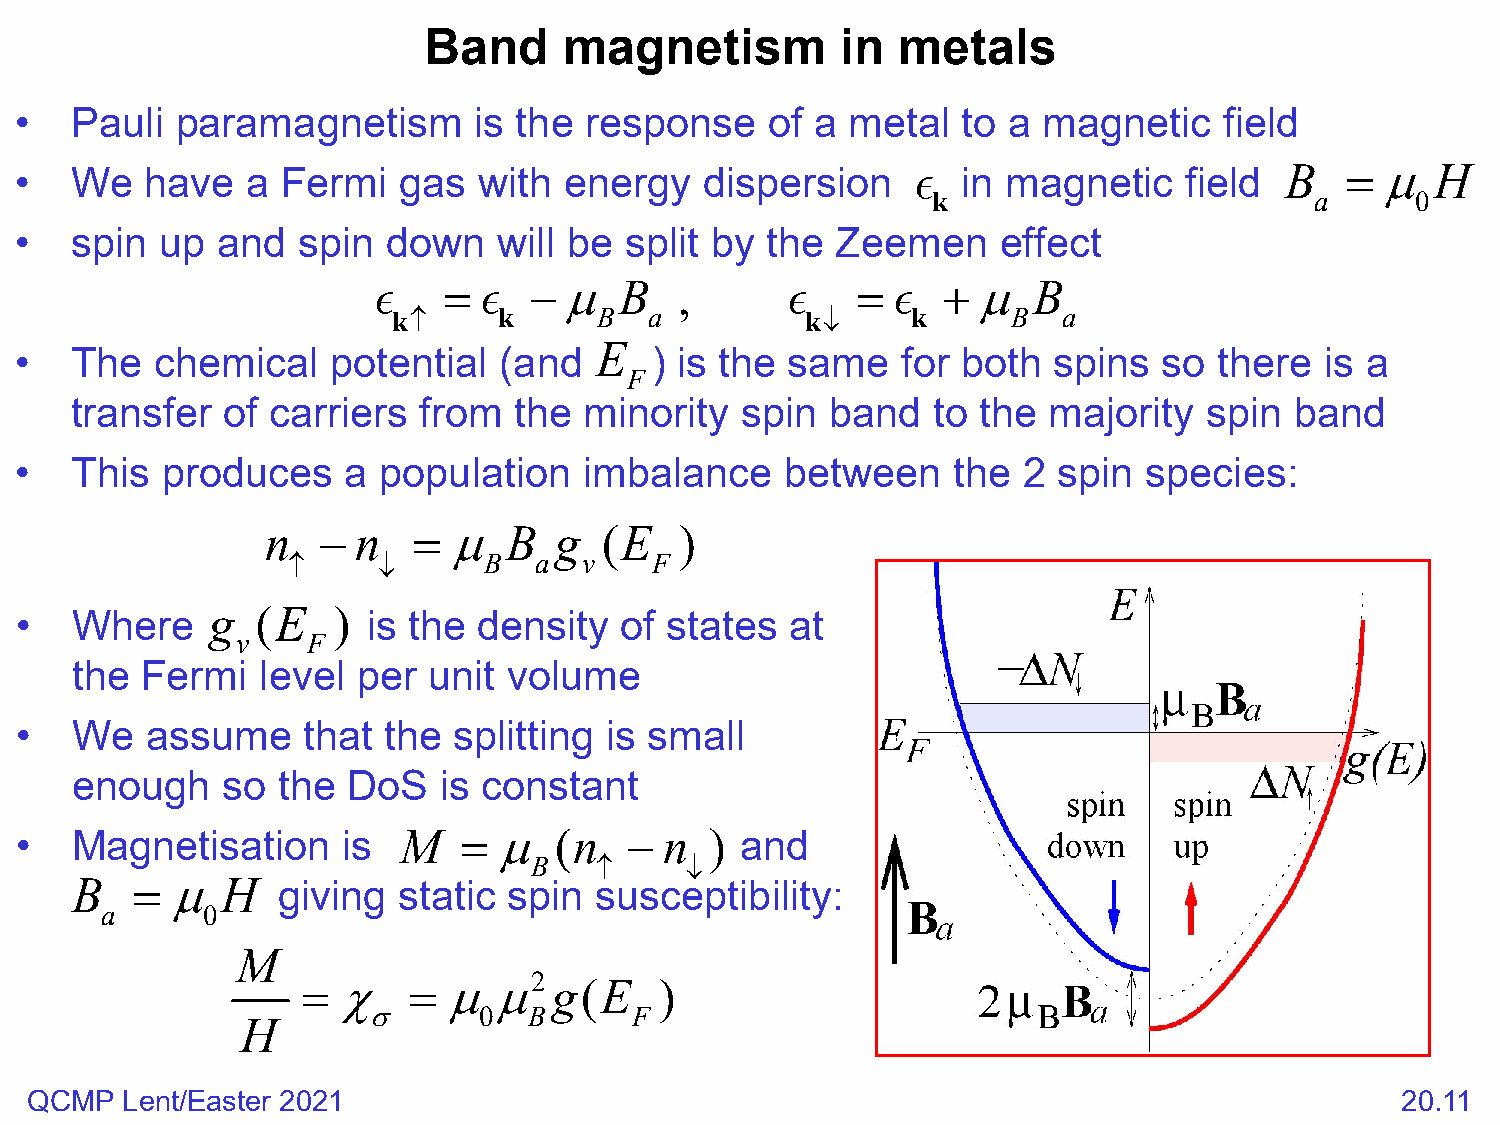
Band     magnetism          in  metals
 •   Pauli  paramagnetism      is the  response    of a metal   to a magnetic    field
 •   We   have  a  Fermi  gas   with energy    dispersion      in magnetic    field B   = µ   H
 k                        a      0
 •   spin  up and   spin  down   will be split by  the Zeemen     effect
    =    −µ    B   ,          =   +  µ  B
 k↑     k      B  a         k↓     k      B  a
 E
 •   The  chemical    potential  (and      ) is the same    for both  spins  so  there  is a
 F
 transfer  of carriers  from  the  minority  spin  band   to the majority   spin  band
 •   This  produces    a population    imbalance    between    the  2 spin  species:
 n  −  n  =  µ   B  g  (E   )
 ↑     ↓      B  a   v   F
 •   Where    g  ( E  ) is the  density  of states  at
 v   F
 the Fermi   level  per unit  volume
 •   We   assume    that the  splitting is small
 enough    so the  DoS   is constant
 •   Magnetisation     is M   =  µ   ( n  − n  ) and
 B   ↑     ↓
 .B  = µ   H  giving  static  spin susceptibility:
 a     0
 M
 = χ    =  µµ2    g(E    )
 σ       0  B      F
 H
 QCMP  Lent/Easter 2021                                                                     20.11